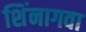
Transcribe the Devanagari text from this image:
शिंनागवा